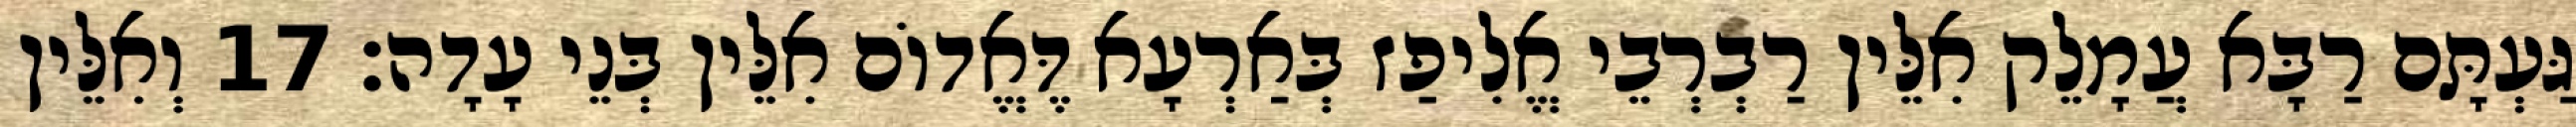
גַּעְתָּם רַבָּא עֲמָלֵק אִלֵּין רַבְרְבֵי אֱלִיפַז בְּאַרְעָא דֶּאֱדוֹם אִלֵּין בְּנֵי עָדָה׃ 17 וְאִלֵּין